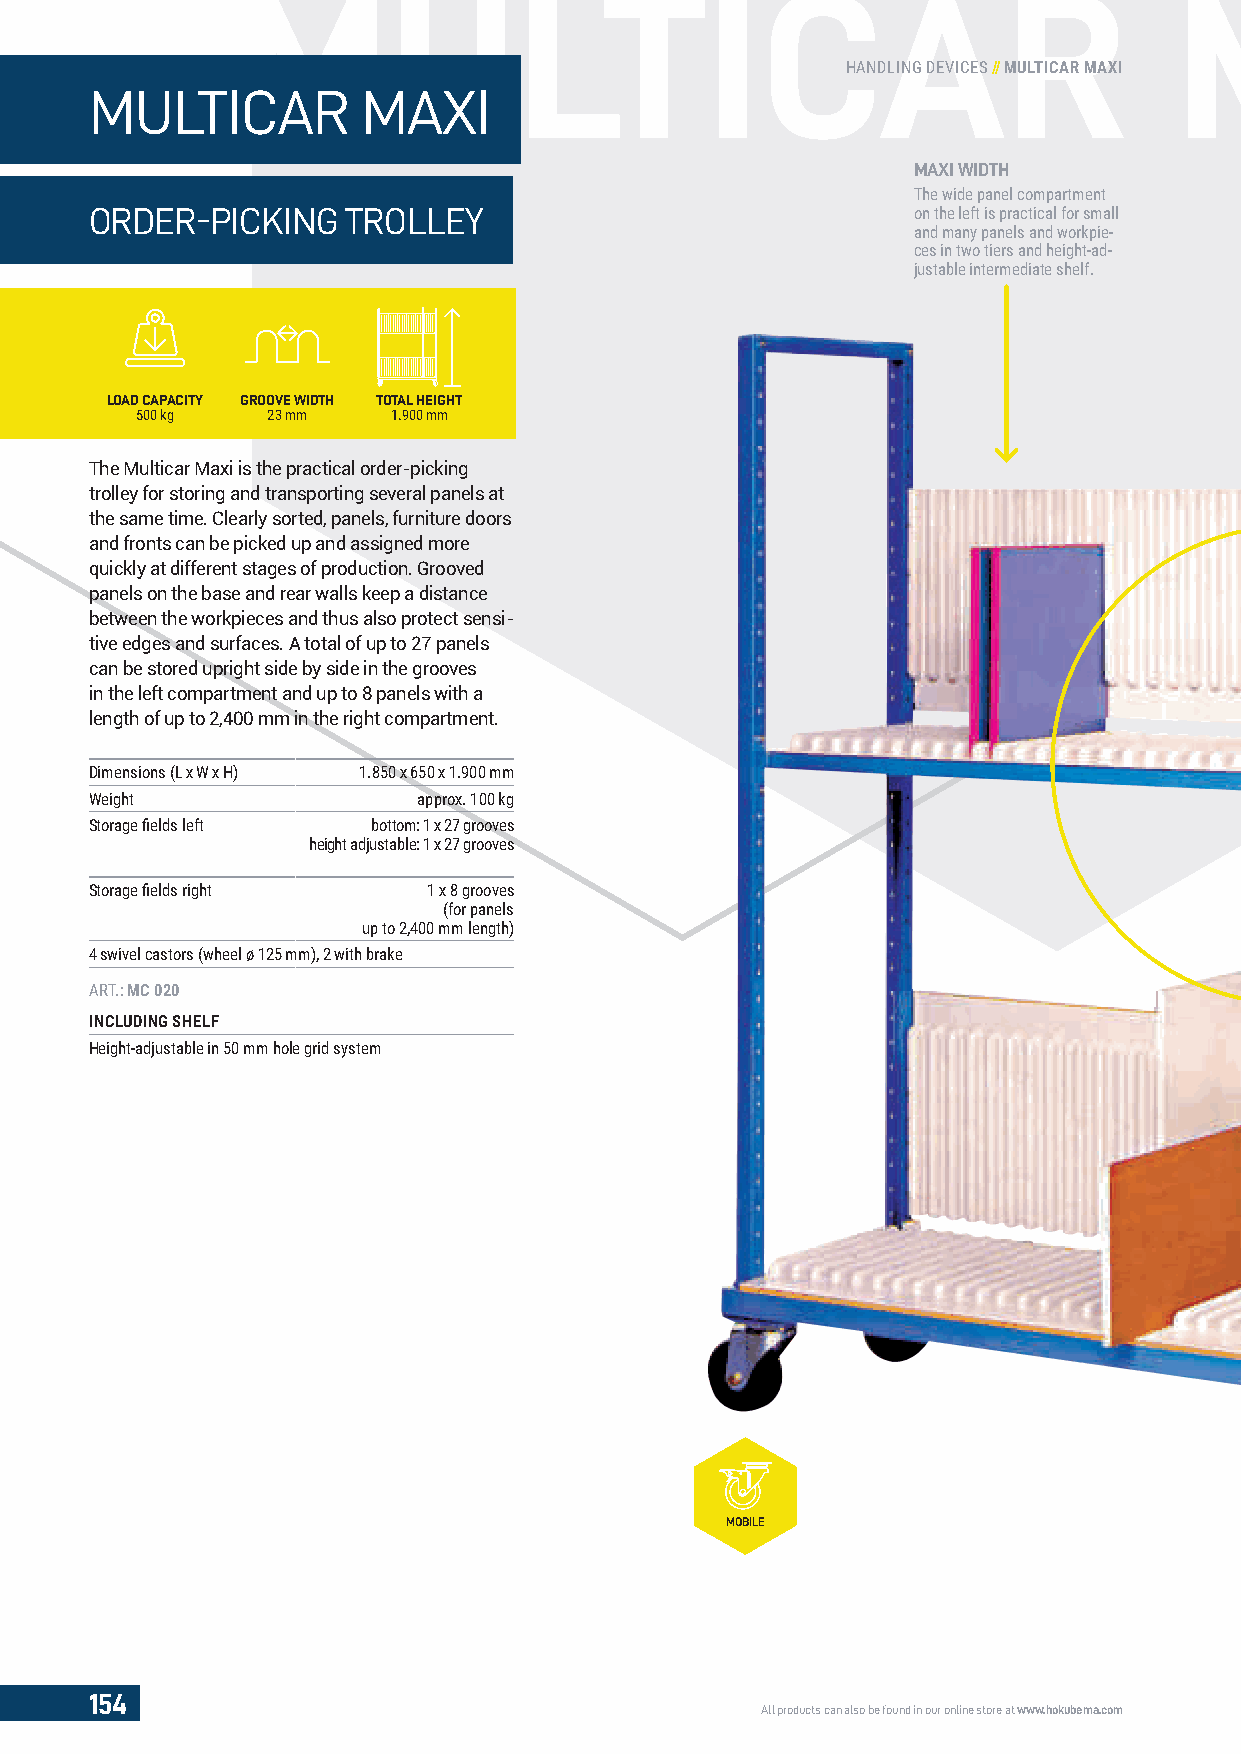
MMUULLTICAR                                                   MAX
 HANDLING DEVICES // MULTICAR MAXI
 MULTICAR          MAXI
 MAXI WIDTH
 The wide panel compartment
 ORDER-PICKING    TROLLEY                               on the left is practical for small
 and many panels and workpie-
 ces in two tiers and height-ad-
 justable intermediate shelf.
 LOAD CAPACITY GROOVE WIDTH TOTAL HEIGHT
 500 kg   23 mm   1.900 mm
 The Multicar Maxi is the practical order-picking
 trolley for storing and transporting several panels at
 the same time. Clearly sorted, panels, furniture doors
 and fronts can be picked up and assigned more
 quickly at different stages of production. Grooved
 panels on the base and rear walls keep a distance
 between the workpieces and thus also protect sensi-
 tive edges and surfaces. A total of up to 27 panels
 can be stored upright side by side in the grooves
 in the left compartment and up to 8 panels with a
 length of up to 2,400 mm in the right compartment.
 Dimensions (L x W x H) 1.850 x 650 x 1.900 mm
 Weight                approx. 100 kg
 Storage fi elds left bottom: 1 x 27 grooves
 height adjustable: 1 x 27 grooves
 Storage fi elds right 1 x 8 grooves
 (for panels
 up to 2,400 mm length)
 4 swivel castors (wheel ø 125 mm), 2 with brake
 ART.: MC 020
 INCLUDING SHELF
 Height-adjustable in 50 mm hole grid system
 MOBILE
 154
 All products can also be found in our online store at www.hokubema.com